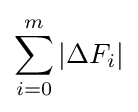
\sum _{i=0}^{m}|\Delta F_{i}|